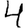
Digit: 4